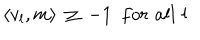
\langle { v } _ { l } , { m } \rangle \, \geq \, - 1 \, \, \, f o r \, \, a l l \, \, l